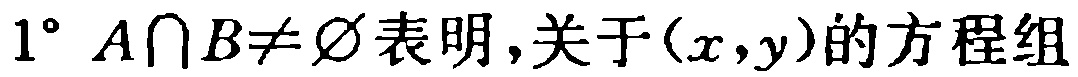
$1^{\circ}\ A\cap B\neq\varnothing 表明,关于(x,y)的方程组$